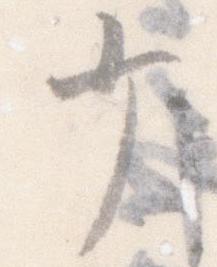
少